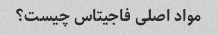
مواد اصلی فاجیتاس چیست؟